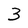
Character: 3